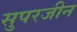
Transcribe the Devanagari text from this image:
सुपरजीन